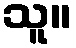
သူ။